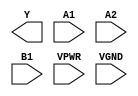
module sky130_fd_sc_hs__o21ai (
    Y   ,
    A1  ,
    A2  ,
    B1  ,
    VPWR,
    VGND
);

    output Y   ;
    input  A1  ;
    input  A2  ;
    input  B1  ;
    input  VPWR;
    input  VGND;
endmodule